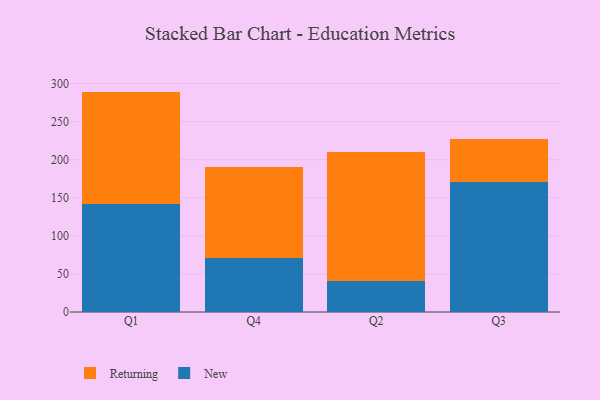
{"axis": {"x": "Quarter", "y": "Conversion Rate (%)"}, "legend": ["New", "Returning"], "data": [{"x": "Q1", "y": 141.6, "type": "New"}, {"x": "Q1", "y": 147.9, "type": "Returning"}, {"x": "Q4", "y": 71.5, "type": "New"}, {"x": "Q4", "y": 118.6, "type": "Returning"}, {"x": "Q2", "y": 40.2, "type": "New"}, {"x": "Q2", "y": 169.7, "type": "Returning"}, {"x": "Q3", "y": 170.2, "type": "New"}, {"x": "Q3", "y": 57.3, "type": "Returning"}]}